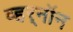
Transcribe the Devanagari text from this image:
व्हर्‌नॉन